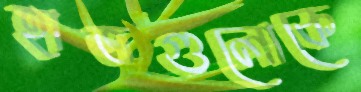
হাতগুলোকে